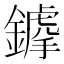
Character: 𨬳